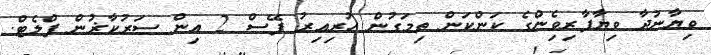
ވިޔާނުދާ ވިޔާފާރިވެެިންގެ ކަންކަން ތިމަގުން ހުރިއިރު ފޭސް 2 އިން ސަރުކާޜުން ފްލެޓް.